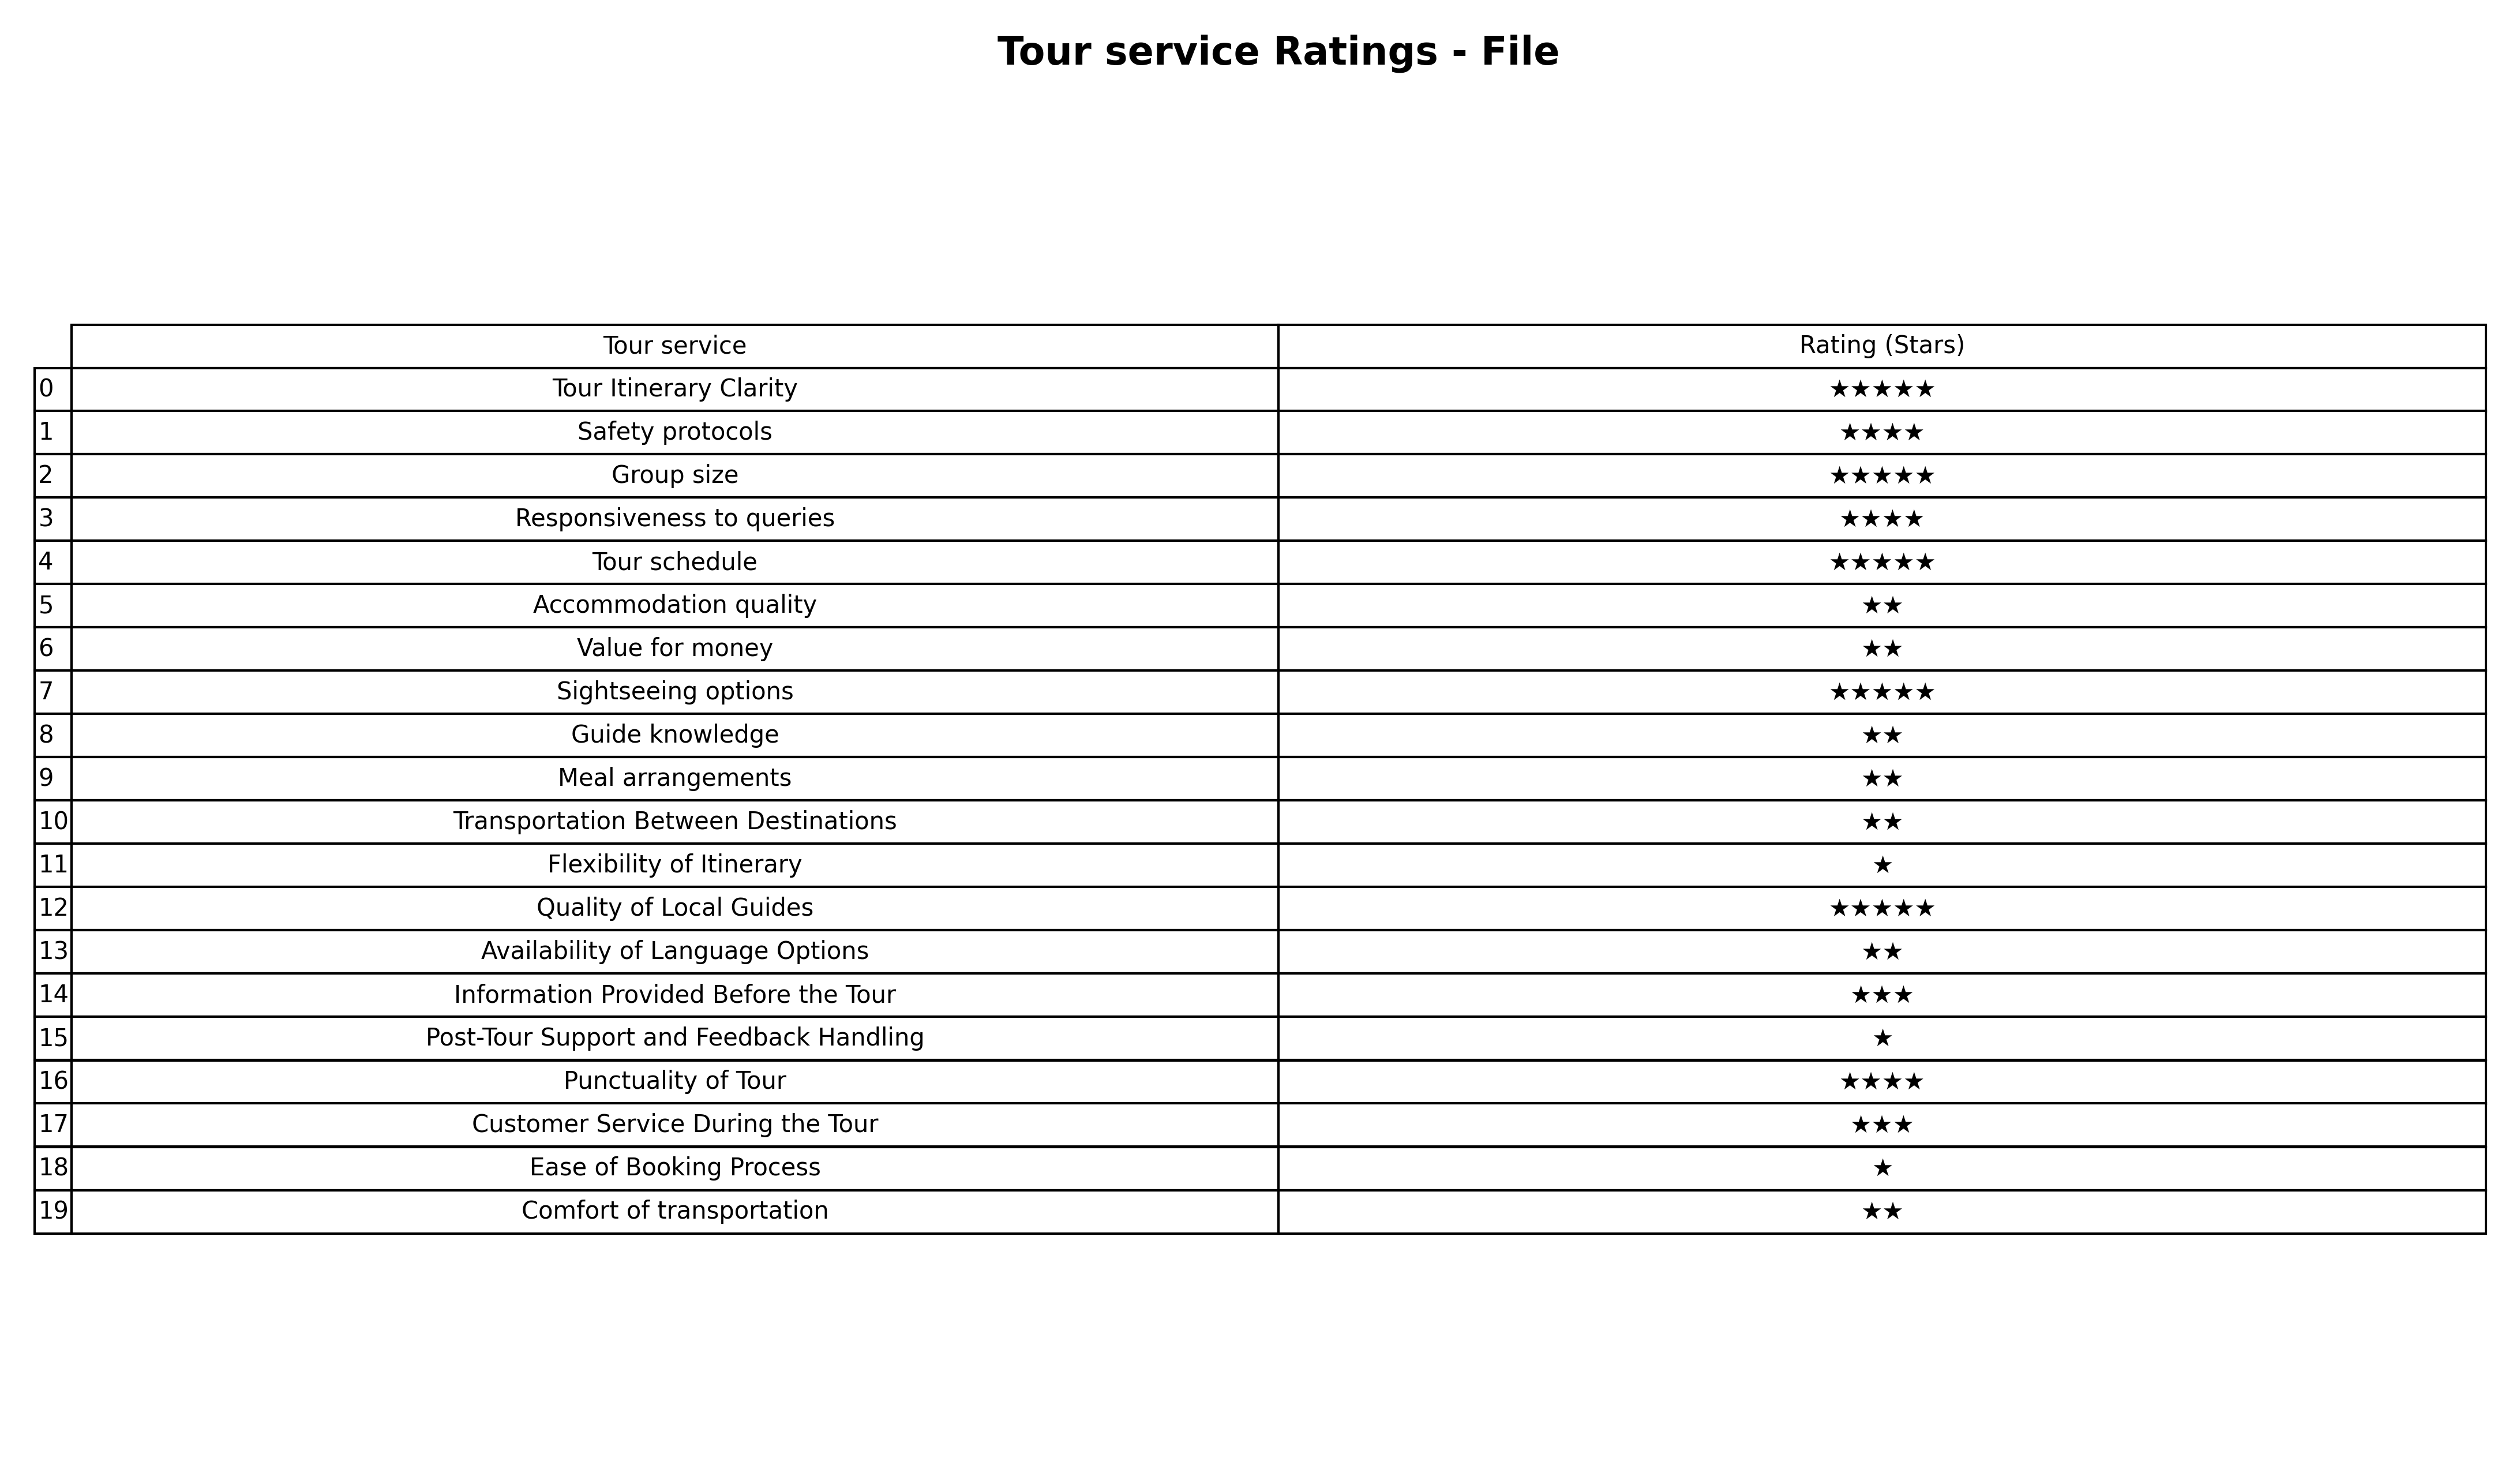
question: What are two star services?
answer: Accommodation qualityValue for moneyGuide knowledgeMeal arrangementsTransportation Between DestinationsAvailability of Language OptionsComfort of transportation